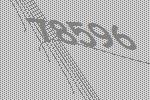
78596